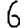
Digit: 6